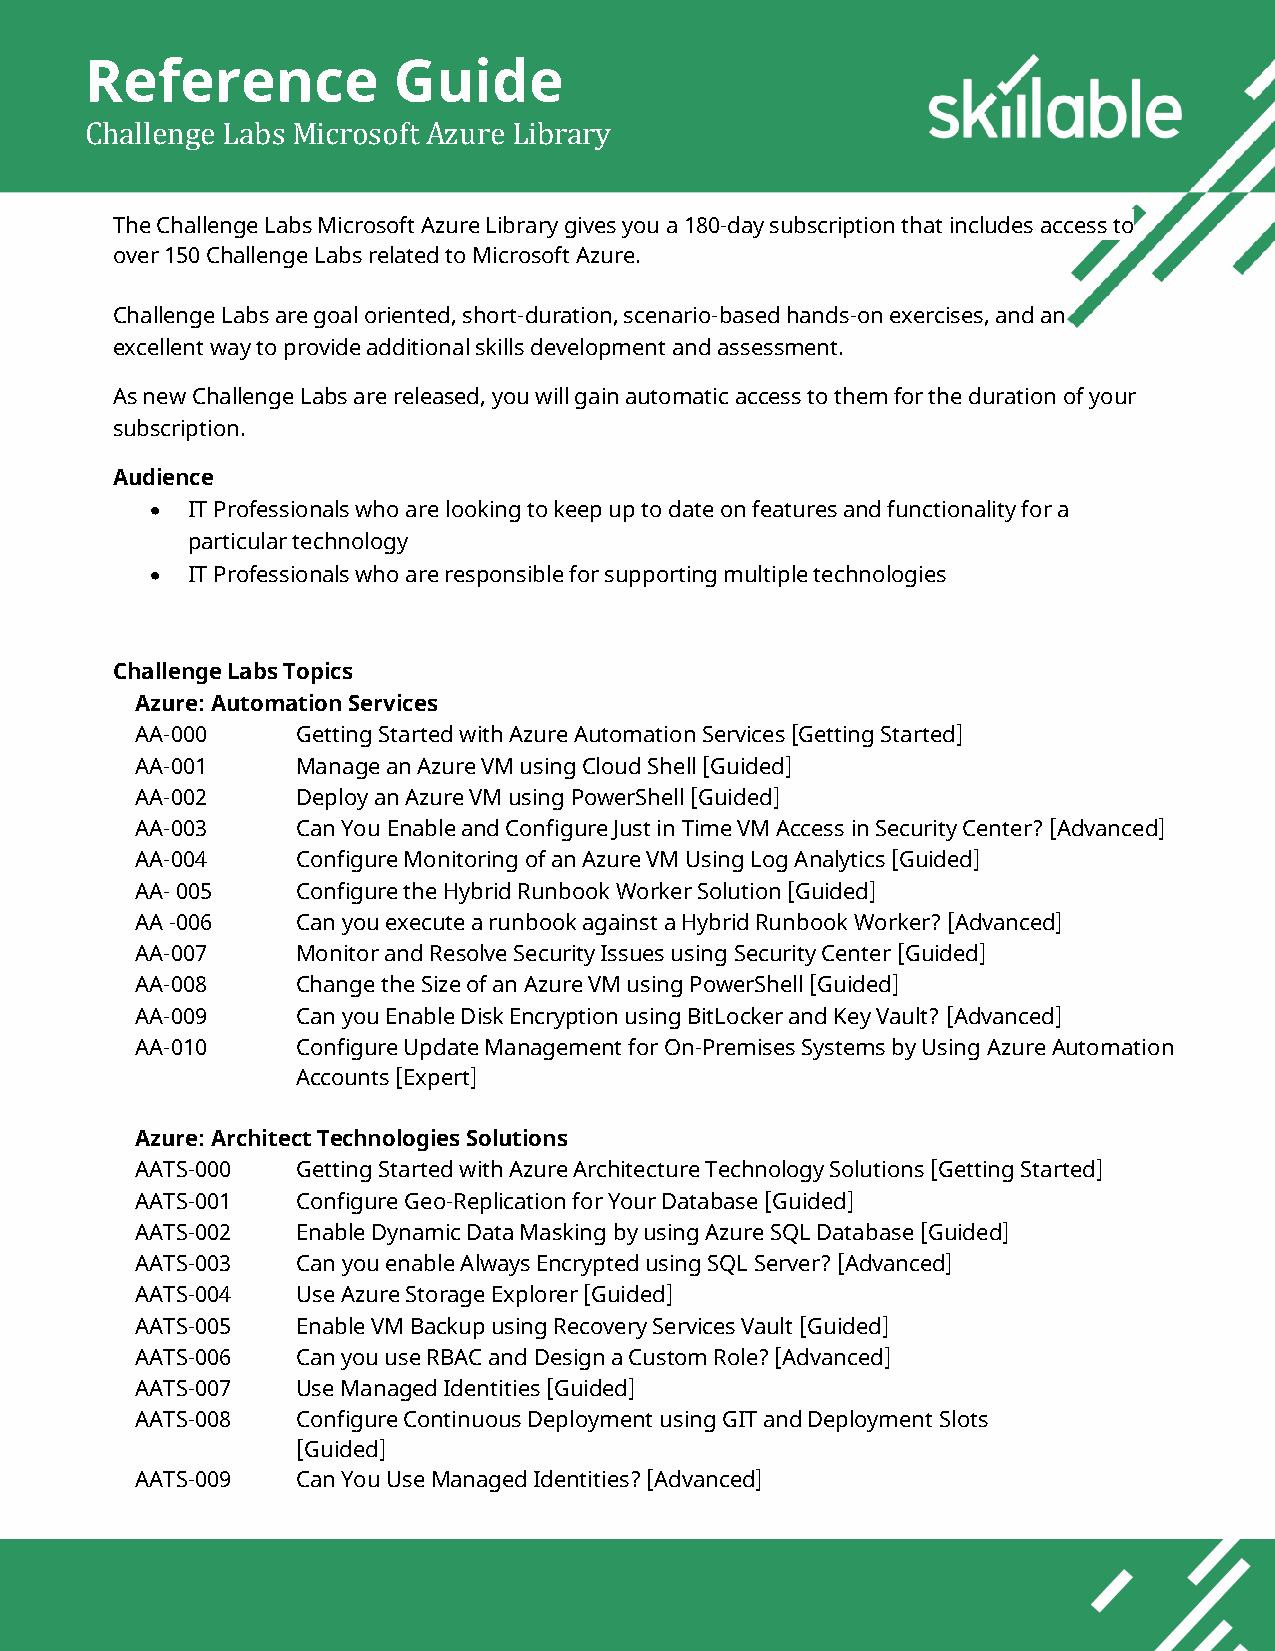
Reference           Guide
 Challenge Labs Microsoft Azure Library
 The Challenge Labs Microsoft Azure Library gives you a 180-day subscription that includes access to
 over 150 Challenge Labs related to Microsoft Azure.
 Challenge Labs are goal oriented, short-duration, scenario-based hands-on exercises, and an
 excellent way to provide additional skills development and assessment.
 As new Challenge Labs are released, you will gain automatic access to them for the duration of your
 subscription.
 Audience
 • IT Professionals who are looking to keep up to date on features and functionality for a
 particular technology
 • IT Professionals who are responsible for supporting multiple technologies
 Challenge Labs Topics
 Azure: Automation Services
 AA-000     Getting Started with Azure Automation Services [Getting Started]
 AA-001     Manage an Azure VM using Cloud Shell [Guided]
 AA-002     Deploy an Azure VM using PowerShell [Guided]
 AA-003     Can You Enable and Configure Just in Time VM Access in Security Center? [Advanced]
 AA-004     Configure Monitoring of an Azure VM Using Log Analytics [Guided]
 AA- 005    Configure the Hybrid Runbook Worker Solution [Guided]
 AA -006    Can you execute a runbook against a Hybrid Runbook Worker? [Advanced]
 AA-007     Monitor and Resolve Security Issues using Security Center [Guided]
 AA-008     Change the Size of an Azure VM using PowerShell [Guided]
 AA-009     Can you Enable Disk Encryption using BitLocker and Key Vault? [Advanced]
 AA-010     Configure Update Management for On-Premises Systems by Using Azure Automation
 Accounts [Expert]
 Azure: Architect Technologies Solutions
 AATS-000   Getting Started with Azure Architecture Technology Solutions [Getting Started]
 AATS-001   Configure Geo-Replication for Your Database [Guided]
 AATS-002   Enable Dynamic Data Masking by using Azure SQL Database [Guided]
 AATS-003   Can you enable Always Encrypted using SQL Server? [Advanced]
 AATS-004   Use Azure Storage Explorer [Guided]
 AATS-005   Enable VM Backup using Recovery Services Vault [Guided]
 AATS-006   Can you use RBAC and Design a Custom Role? [Advanced]
 AATS-007   Use Managed Identities [Guided]
 AATS-008   Configure Continuous Deployment using GIT and Deployment Slots
 [Guided]
 AATS-009   Can You Use Managed Identities? [Advanced]